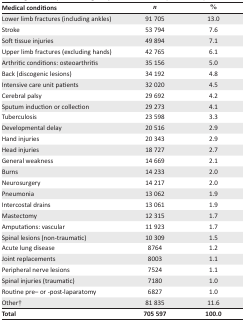
<table><thead><tr><td><b>Medical conditions</b></td><td><b><i>n</i></b></td><td><b>%</b></td></tr></thead><tbody><tr><td>Lower limb fractures (including ankles)</td><td>91 705</td><td>13.0</td></tr><tr><td>Stroke</td><td>53 794</td><td>7.6</td></tr><tr><td>Soft tissue injuries</td><td>49 894</td><td>7.1</td></tr><tr><td>Upper limb fractures (excluding hands)</td><td>42 765</td><td>6.1</td></tr><tr><td>Arthritic conditions: osteoarthritis</td><td>35 156</td><td>5.0</td></tr><tr><td>Back (discogenic lesions)</td><td>34 192</td><td>4.8</td></tr><tr><td>Intensive care unit patients</td><td>32 020</td><td>4.5</td></tr><tr><td>Cerebral palsy</td><td>29 692</td><td>4.2</td></tr><tr><td>Sputum induction or collection</td><td>29 273</td><td>4.1</td></tr><tr><td>Tuberculosis</td><td>23 598</td><td>3.3</td></tr><tr><td>Developmental delay</td><td>20 516</td><td>2.9</td></tr><tr><td>Hand injuries</td><td>20 343</td><td>2.9</td></tr><tr><td>Head injuries</td><td>18 727</td><td>2.7</td></tr><tr><td>General weakness</td><td>14 669</td><td>2.1</td></tr><tr><td>Burns</td><td>14 233</td><td>2.0</td></tr><tr><td>Neurosurgery</td><td>14 217</td><td>2.0</td></tr><tr><td>Pneumonia</td><td>13 062</td><td>1.9</td></tr><tr><td>Intercostal drains</td><td>13 061</td><td>1.9</td></tr><tr><td>Mastectomy</td><td>12 315</td><td>1.7</td></tr><tr><td>Amputations: vascular</td><td>11 923</td><td>1.7</td></tr><tr><td>Spinal lesions (non-traumatic)</td><td>10 309</td><td>1.5</td></tr><tr><td>Acute lung disease</td><td>8764</td><td>1.2</td></tr><tr><td>Joint replacements</td><td>8003</td><td>1.1</td></tr><tr><td>Peripheral nerve lesions</td><td>7524</td><td>1.1</td></tr><tr><td>Spinal injuries (traumatic)</td><td>7180</td><td>1.0</td></tr><tr><td>Routine pre– or -post-laparatomy</td><td>6827</td><td>1.0</td></tr><tr><td>Other†</td><td>81 835</td><td>11.6</td></tr><tr><td><b>Total</b></td><td><b>705 597</b></td><td><b>100.0</b></td></tr></tbody></table>